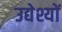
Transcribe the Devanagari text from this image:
उद्येश्यों